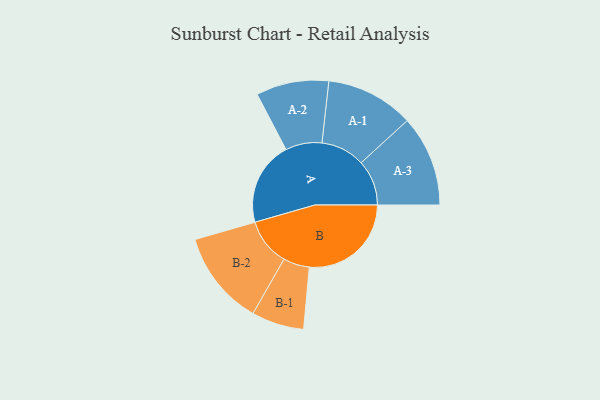
{"axis": {"x": "Segment", "y": "Value"}, "legend": ["", "A", "B"], "data": [{"x": "A", "y": 406, "type": ""}, {"x": "B", "y": 493, "type": ""}, {"x": "A-1", "y": 213, "type": "A"}, {"x": "A-2", "y": 176, "type": "A"}, {"x": "A-3", "y": 220, "type": "A"}, {"x": "B-1", "y": 127, "type": "B"}, {"x": "B-2", "y": 229, "type": "B"}]}